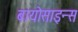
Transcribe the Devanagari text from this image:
बायोसाइन्स